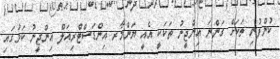
ކުންފުނި ތަކަށް ގަންނަ އިންޖީނު ތަކަކީ އެއީ ޔަންމާރ އިންޑަސްޓްރިއަލް އިންޖީނު ކަމުގައި